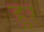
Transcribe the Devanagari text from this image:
हुर